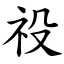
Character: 祋